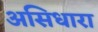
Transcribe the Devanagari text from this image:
असिधारा